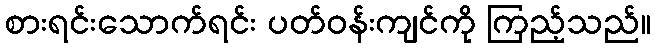
စားရင်းသောက်ရင်း ပတ်ဝန်းကျင်ကို ကြည့်သည်။